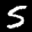
Label: 5